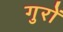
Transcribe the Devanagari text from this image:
गुरों